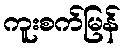
ကူးစက်မြန်